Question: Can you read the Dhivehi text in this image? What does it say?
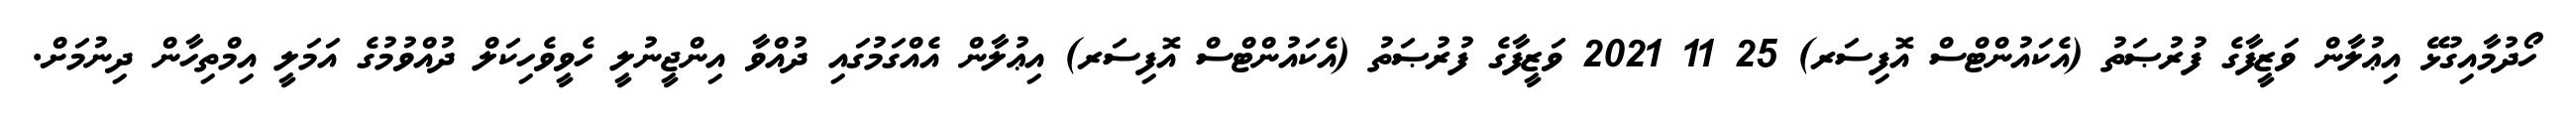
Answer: ހޯދުމާއިގުޅޭ އިޢުލާން ވަޒީފާގެ ފުރުޞަތު (އެކައުންޓްސް އޮފިސަރ) 25 11 2021 ވަޒީފާގެ ފުރުޞަތު (އެކައުންޓްސް އޮފިސަރ) އިޢުލާން އެއްގަމުގައި ދުއްވާ އިންޖީނުލީ ހެވީވެހިކަލް ދުއްވުމުގެ އަމަލީ އިމްތިހާން ދިނުމަށް.